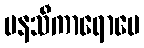
မနသီကာရောပေ